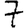
Digit: 7